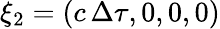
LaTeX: \xi_{2}=(c\, \Delta\tau,0,0,0)